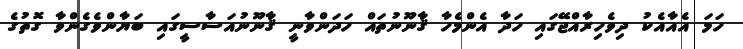
ހަމަ އެއާއެކު ދިވެހިރާއްޖޭގައި ހަދާ އެންމެހާ ޤާނޫނުތައް ހަދަންވާނީ ޤާނޫނުއަސާސީގައި ބަޔާންވެގެންވާ ގޮތުގެ